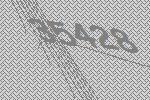
35428